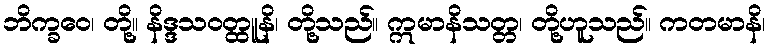
ဘိက္ခဝေ၊ တို့။ နိဒ္ဒသဝတ္ထူနိ၊ တို့သည်။ ဣမာနိသတ္တ၊ တို့ဟူသည်။ ကတမာနိ၊